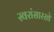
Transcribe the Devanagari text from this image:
स्वरांसारखे